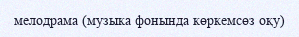
мелодрама (музыка фонында көркемсөз оқу)